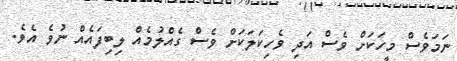
ނަމަވެސް މީހަކަށް ވެސް އަދި ވެހިކަލަކަށް ވެސް ގެއްލުމެއް ލިބިފައެއް ނުވެ އެވެ.